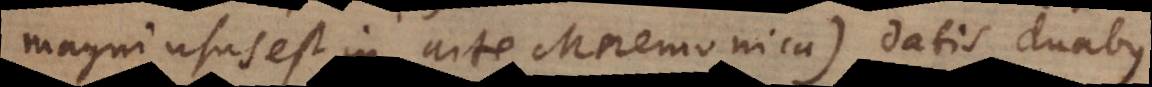
magni usus est in arte Mnemonica), datis duabus